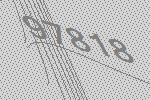
97818